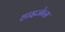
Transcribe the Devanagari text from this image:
हाइजेन्स